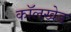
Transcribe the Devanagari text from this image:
कॉलखेड